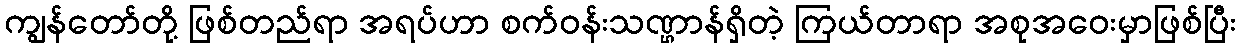
ကျွန်တော်တို့ ဖြစ်တည်ရာ အရပ်ဟာ စက်ဝန်းသဏ္ဌာန်ရှိတဲ့ ကြယ်တာရာ အစုအဝေးမှာဖြစ်ပြီး